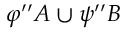
\varphi ^ { \prime \prime } A \cup \psi ^ { \prime \prime } B